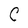
Character: C